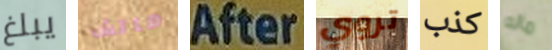
يبلغ ماتش After تروي كذب ماله